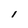
Character: I